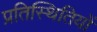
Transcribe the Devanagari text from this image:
प्रतिस्थितियों